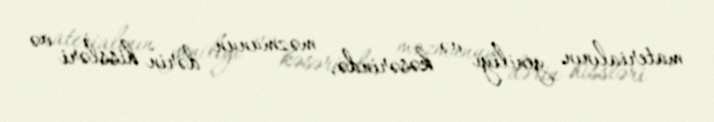
materialının yeniliyi və kəsərində, məzmunun dərin hissləri və